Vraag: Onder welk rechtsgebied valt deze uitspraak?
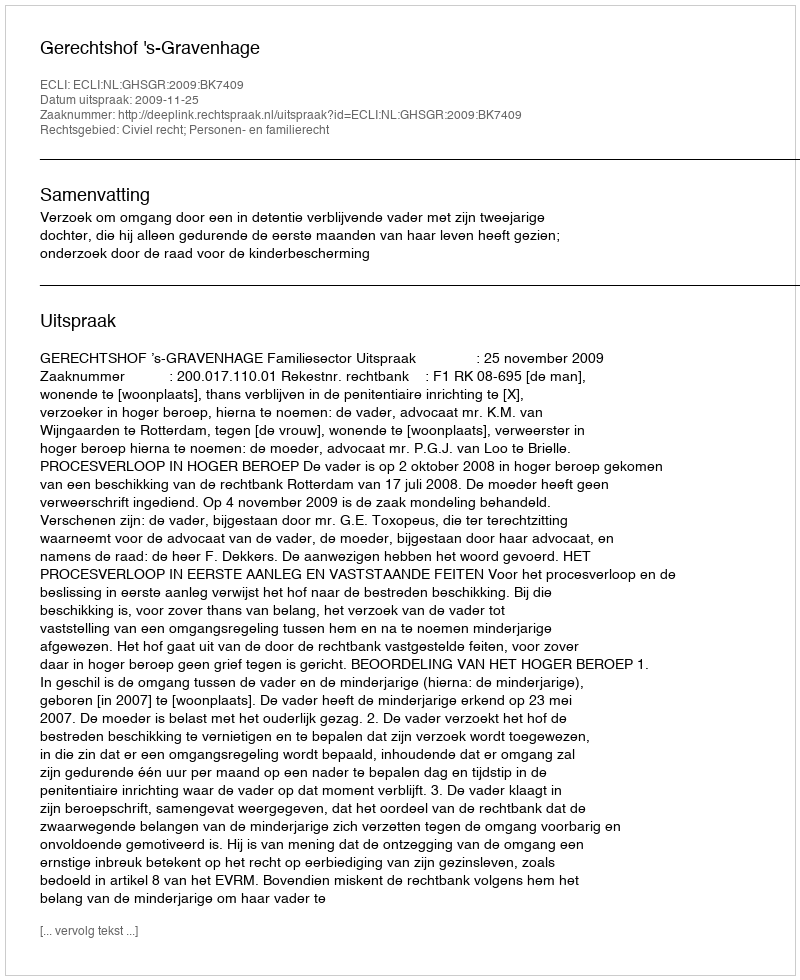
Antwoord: Civiel recht; Personen- en familierecht